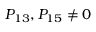
P _ { 1 3 } , P _ { 1 5 } \neq 0